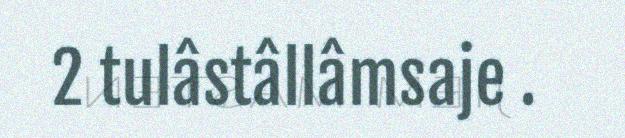
2 tulâstâllâmsaje .